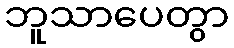
ဘူသာပေတွာ